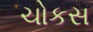
ચોકસ